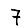
Digit: 7